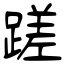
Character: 蹉